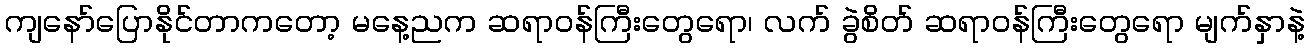
ကျနော်ပြောနိုင်တာကတော့ မနေ့ညက ဆရာဝန်ကြီးတွေရော၊ လက် ခွဲစိတ် ဆရာဝန်ကြီးတွေရော မျက်နှာနဲ့